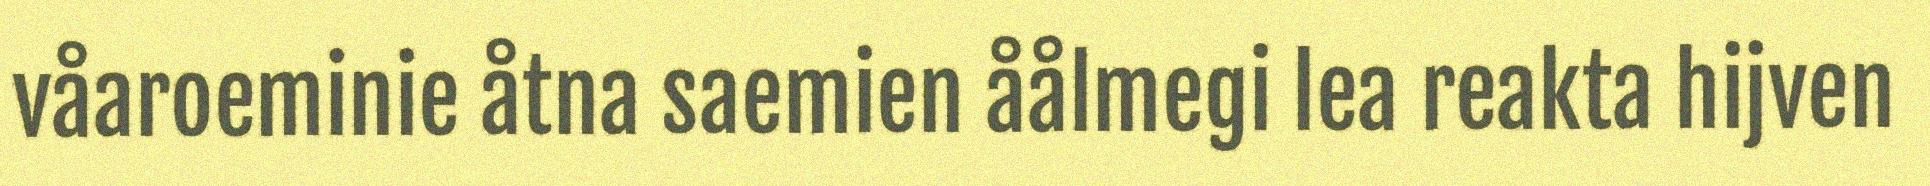
våaroeminie åtna saemien åålmegi lea reakta hijven